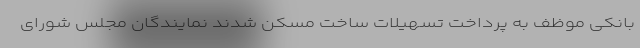
بانکی موظف به پرداخت تسهیلات ساخت مسکن شدند نمایندگان مجلس شورای